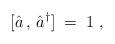
LaTeX: \begin{align*}[ {\hat a}\,,\, {\hat a}^\dagger ] \;=\; 1 \;,\end{align*}